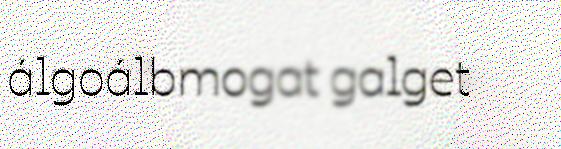
álgoálbmogat galget